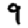
Digit: 9